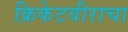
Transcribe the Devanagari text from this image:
क्रिकेटवीराचा